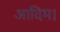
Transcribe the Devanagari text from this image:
आदिम।